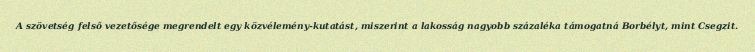
A szövetség felső vezetősége megrendelt egy közvélemény-kutatást, miszerint a lakosság nagyobb százaléka támogatná Borbélyt, mint Csegzit.